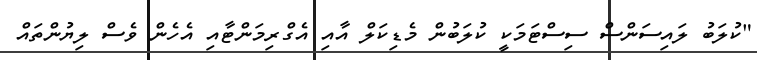
"ކުލަބު ލައިސަންސް ސިސްޓަމަކީ ކުލަބުން މެޑިކަލް އާއި އެގްރިމަންޓާއި އެހެން ވެސް ލިޔުންތައް